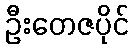
ဦးတေဇပိုင်